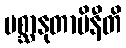
ပစ္ဆာနုတာပိနီတိ